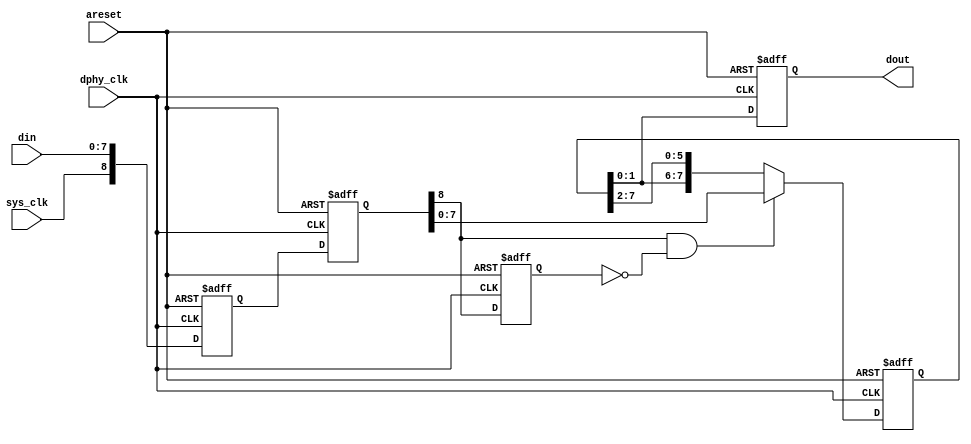
module dphy_oserdes(
	input sys_clk, // System byte clock
	input areset, // Active high async reset
  input [7:0] din, // Input from CSI-2 packetiser
	input dphy_clk, // Fast D-PHY DDR clock (4x sys_clk)
	output reg [1:0] dout // Output data, bit 1 should be the second bit transmitted
);

	parameter NUM_SYNCFFS = 2;

	reg [8:0] dclk_sclk_din[0:NUM_SYNCFFS-1];

	// Input
	integer i;
	always @(posedge dphy_clk, posedge areset)
		if (areset) begin
			for (i = 0; i < NUM_SYNCFFS; i = i + 1)
				dclk_sclk_din[i] <= 0;
		end else begin
			for (i = 1; i < NUM_SYNCFFS; i = i + 1)
				dclk_sclk_din[i] <= dclk_sclk_din[i-1];
			dclk_sclk_din[0] <= {sys_clk, din};
		end

	wire dclk_sclk = dclk_sclk_din[NUM_SYNCFFS-1][8];
	wire [7:0] dclk_din = dclk_sclk_din[NUM_SYNCFFS-1][7:0];
	reg last_sclk;

	reg [7:0] reg_word;

	always @(posedge dphy_clk, posedge areset)
		if (areset) begin
			last_sclk <= 1'b0;
			dout <= 2'b00;
			reg_word <= 0;
		end else begin
			last_sclk <= dclk_sclk;
			dout <= reg_word[1:0]; // LSB first
			if (dclk_sclk && !last_sclk) begin
				reg_word <= dclk_din;
			end else begin
				reg_word <= {reg_word[1:0], reg_word[7:2]};
			end
		end
endmodule